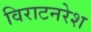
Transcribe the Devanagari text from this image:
विराटनरेश